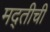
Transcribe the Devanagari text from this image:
मद्तीची